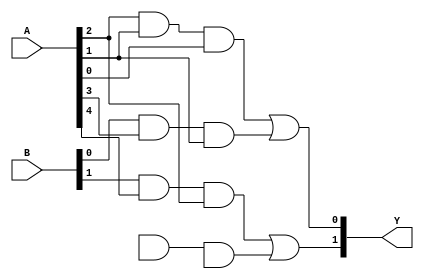
module HS_PAL (
    input wire [n-1:0] A,         // n input signals
    input wire [m-1:0] B,         // m additional input signals (if needed)
    output wire [p-1:0] Y          // p output signals
);

parameter n = 8;                 // Number of input signals
parameter m = 8;                 // Additional inputs, if required
parameter p = 4;                 // Number of output signals
parameter AND_TERMS = 16;        // Number of programmable AND gates
parameter OR_TERMS = 4;          // Number of fixed OR gates

// Programmable AND array
wire [AND_TERMS-1:0] and_out;   // Outputs from the AND gates
wire [n+m-1:0] inputs [0:AND_TERMS-1]; // Array of inputs for programmable AND gates

// Define the input connections for programmable AND gates (customizable)
assign inputs[0] = {A[0], A[1], A[2]}; // Example connections
assign inputs[1] = {A[1], A[3], B[0]}; // Example connections
assign inputs[2] = {A[2], A[4], B[1]}; // And so forth...
// Continue assigning inputs as required

// Programmable AND gates
genvar i;
generate
    for (i = 0; i < AND_TERMS; i = i + 1) begin : and_logic
        // Each AND gate can be programmed to take specific inputs
        assign and_out[i] = inputs[i][0] & inputs[i][1] & inputs[i][2]; // AND logic
        // Adjust the number of inputs for your AND gate as needed
    end
endgenerate

// Fixed OR array
wire [OR_TERMS-1:0] or_out;      // Outputs from the OR gates

// OR gates combining outputs of AND gates
assign or_out[0] = and_out[0] | and_out[1]; // Output logic
assign or_out[1] = and_out[2] | and_out[3]; // Output logic
// Continue defining the OR outputs as needed

// Connect final outputs
assign Y[0] = or_out[0];
assign Y[1] = or_out[1];
assign Y[2] = or_out[2]; // Additional outputs as needed
assign Y[3] = or_out[3]; // Final outputs

endmodule